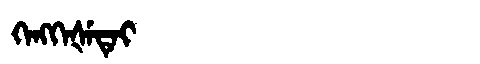
Manchu: ᡴᡝᠩᡴᡝᡧᡝᡨᡝᡳ
Romanization: KENGKEŠETEI